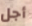
أجل